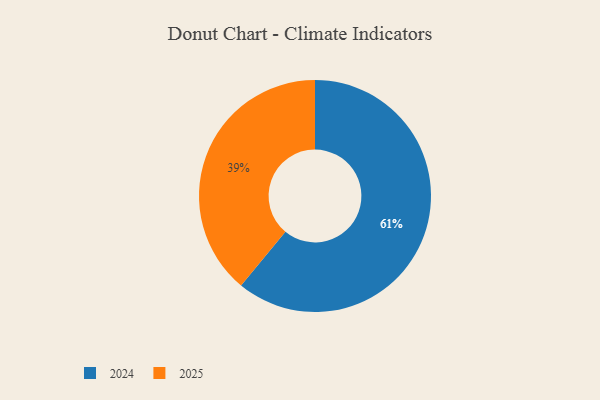
{"axis": {"x": "Category", "y": "Percentage"}, "legend": ["2024", "2025"], "data": [{"x": "2024", "y": 61, "type": "2024"}, {"x": "2025", "y": 39, "type": "2025"}]}